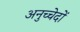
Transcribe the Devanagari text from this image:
अनुच्चेदों